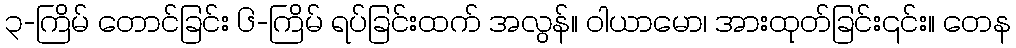
၃-ကြိမ် တောင်ခြင်း ၆-ကြိမ် ရပ်ခြင်းထက် အလွန်။ ဝါယာမော၊ အားထုတ်ခြင်း၎င်း။ တေန